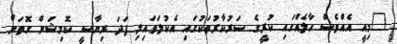
"މިއީ އެއްވެސް ހާލެއްގައި ކުރީގެ ސަރުކާރުތަކުގައި އެކުލަވައިލި ފަދަ ރިޔާސީ ކޮމިޝަން ގޮތަށް